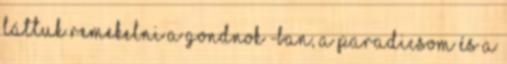
láttuk remekelni A gondnok -ban, A Paradicsom és a